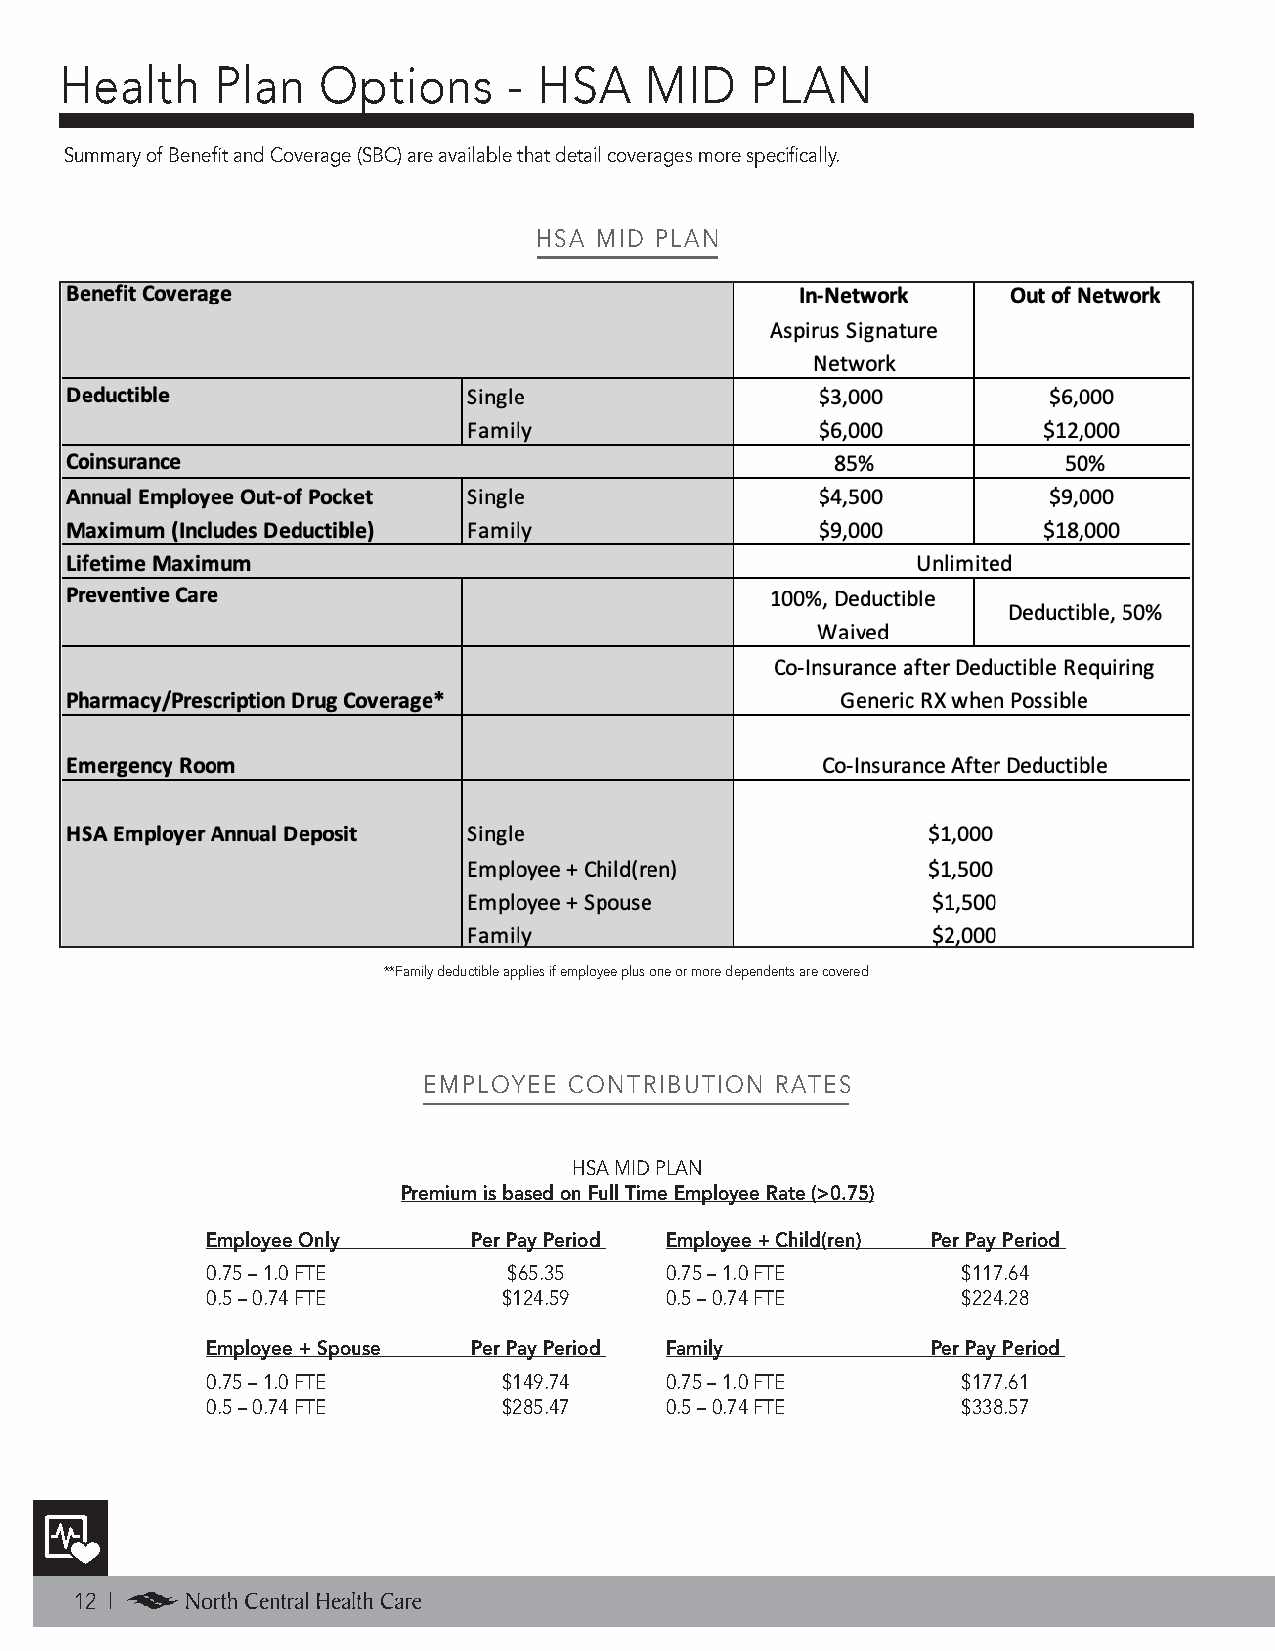
Health    Plan   Options      - HSA    MID    PLAN
 Summary of Benefit and Coverage (SBC) are available that detail coverages more specifically.
 HSA MID PLAN
 **Family deductible applies if employee plus one or more dependents are covered
 EMPLOYEE  CONTRIBUTION RATES
 HSA MID PLAN
 Premium is based on Full Time Employee Rate (>0.75)
 Employee Only    Per Pay Period Employee + Child(ren) Per Pay Period
 0.75 – 1.0 FTE      $65.35    0.75 – 1.0 FTE      $117.64
 0.5 – 0.74 FTE     $124.59    0.5 – 0.74 FTE      $224.28
 Employee + Spouse Per Pay Period Family         Per Pay Period
 0.75 – 1.0 FTE     $149.74    0.75 – 1.0 FTE      $177.61
 0.5 – 0.74 FTE     $285.47    0.5 – 0.74 FTE      $338.57
 12 |